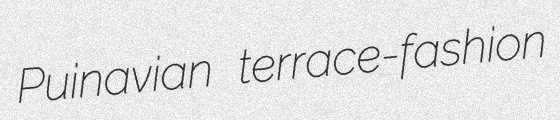
Puinavian terrace-fashion